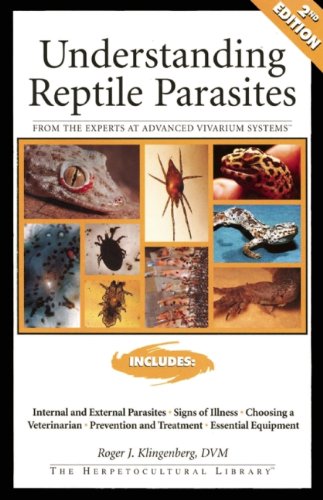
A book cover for Understanding Reptile Parasites (Herpetocultural Library); Roger Klingenberg; Medical Books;